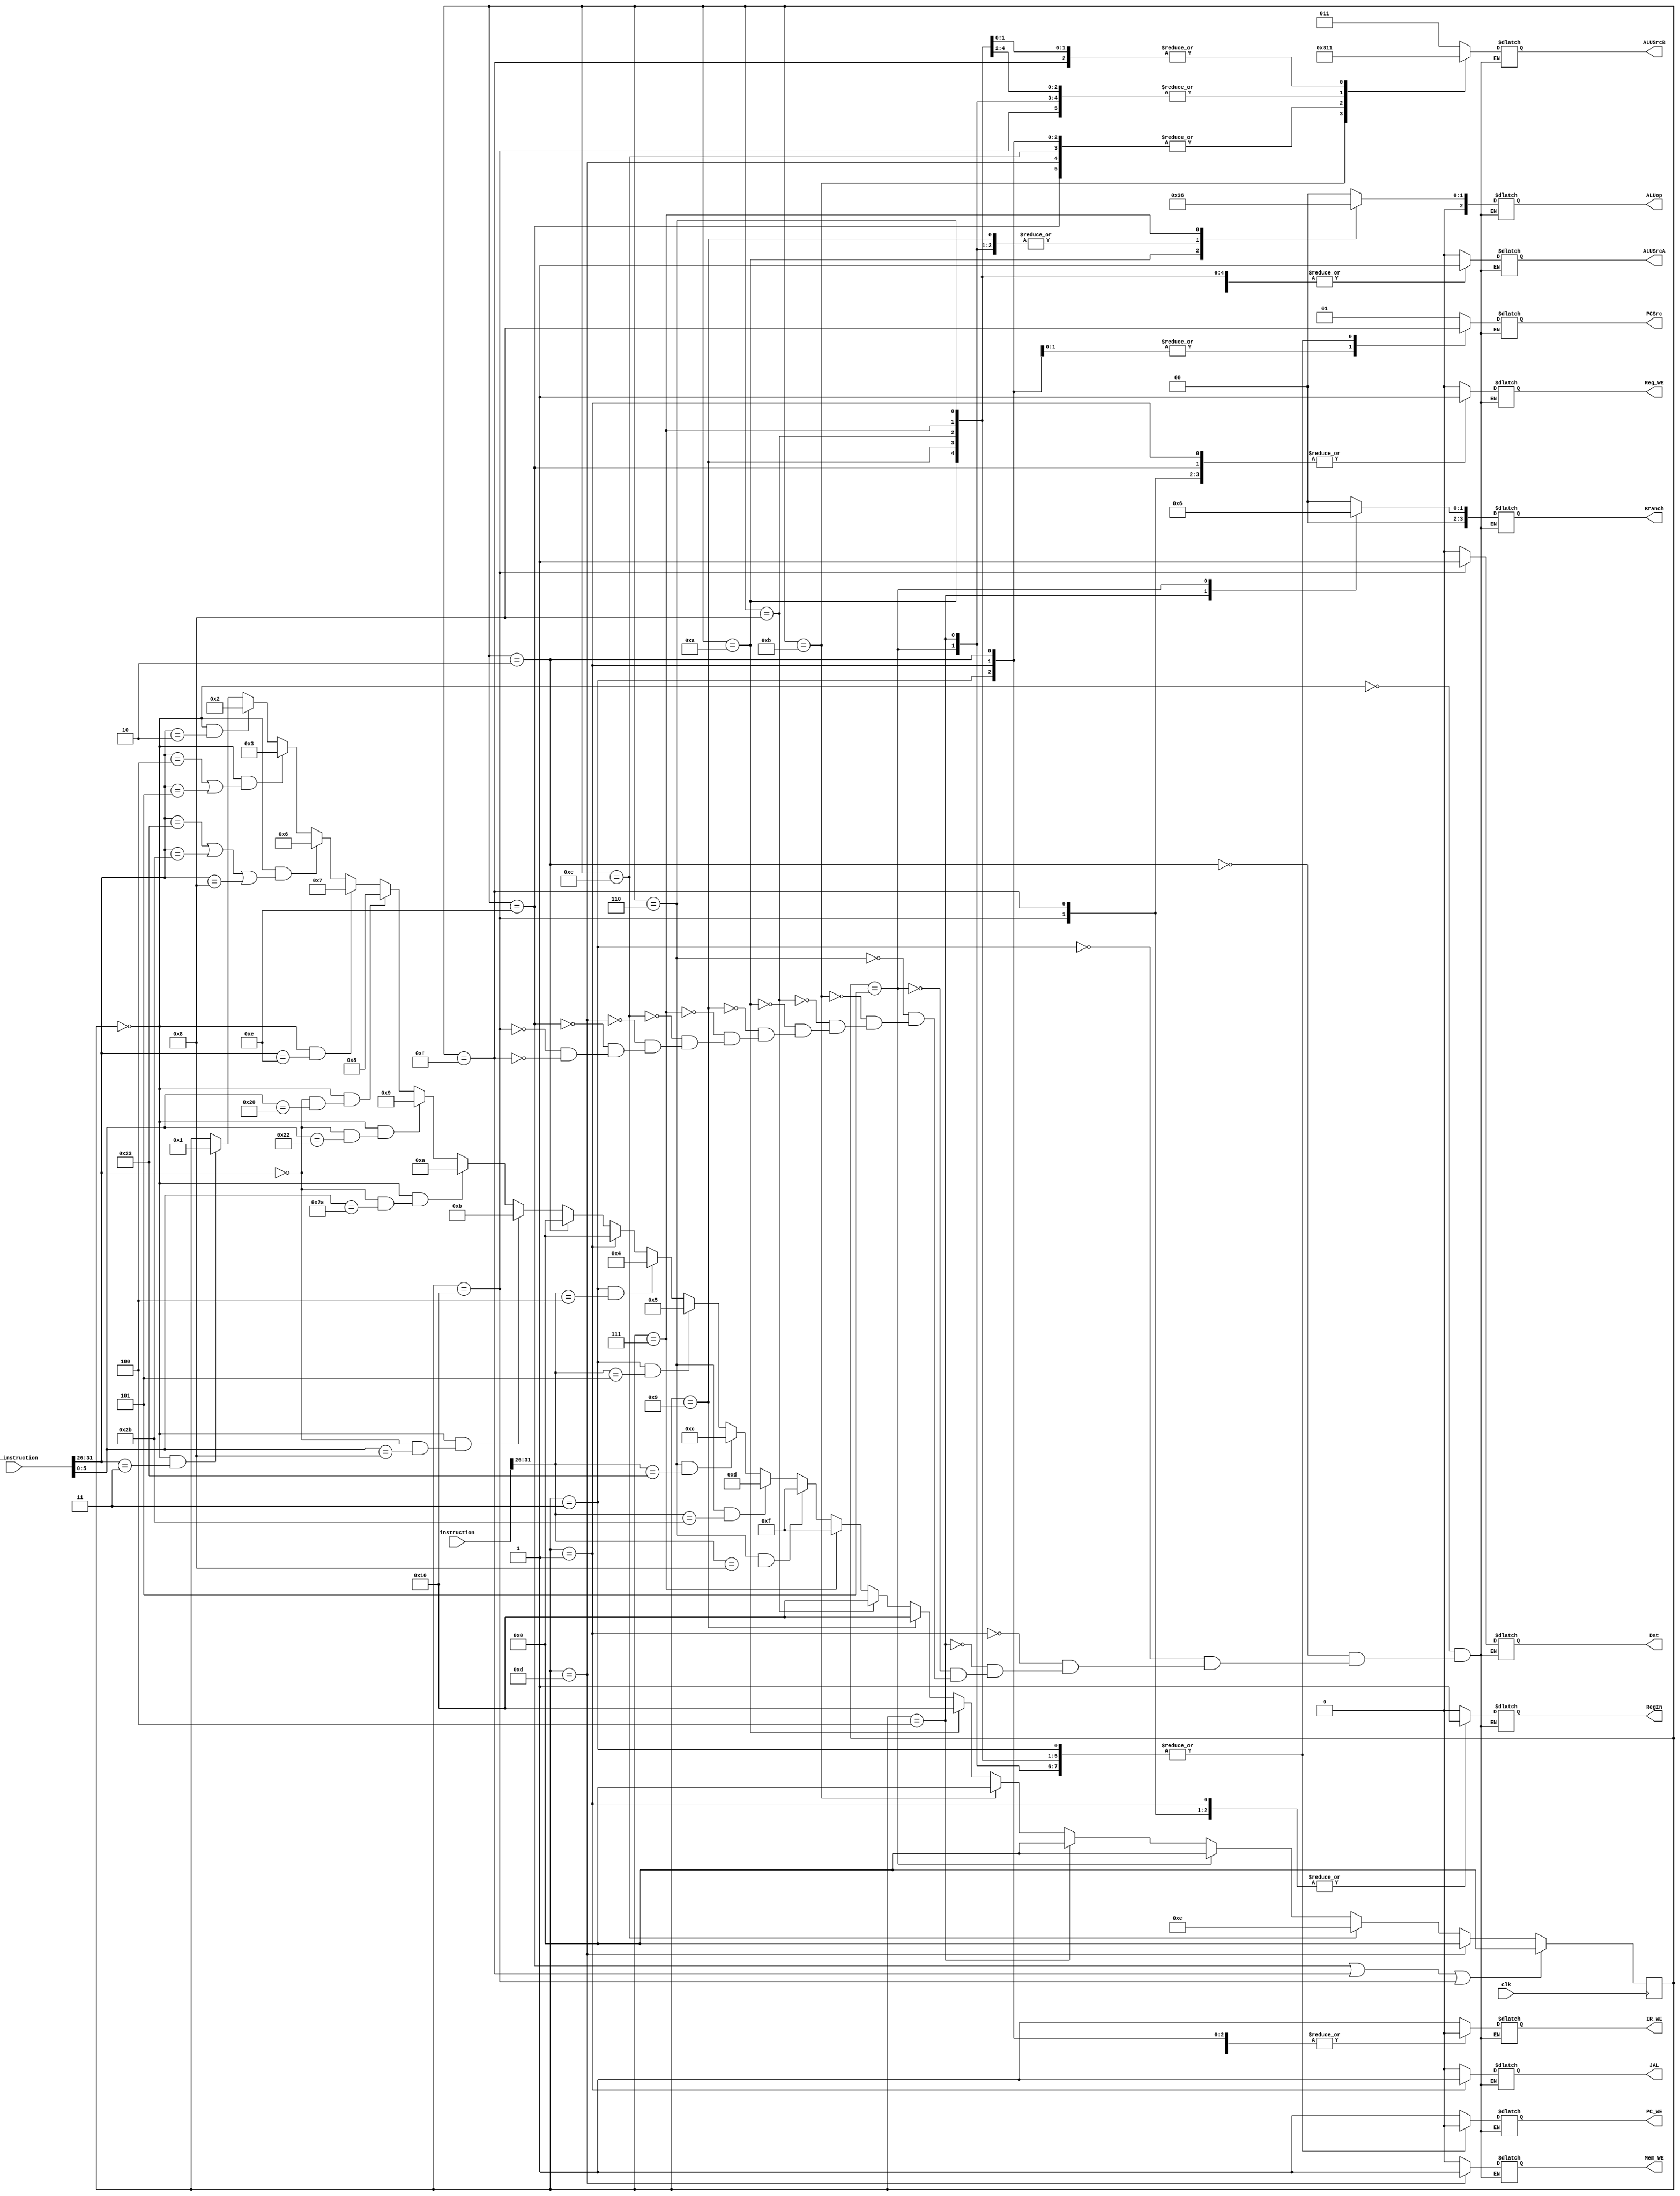
// Defines for instructions
`define LW 6'h23
`define SW 6'h2b
`define J 6'h02
`define JAL 6'h03
`define BEQ 6'h04
`define BNE 6'h05
`define XORI 6'h0E
`define ADDI 6'h08
`define RINST 6'h00
`define JR 6'h08
`define ADD 6'h20
`define SUB 6'h22
`define SLT 6'h2a

// Finite State machine to set control signals for a multicycle CPU
module FSM
(
  output reg PC_WE, // Control signal for PC register enable (muxed with zero and ~zero)
  output reg [1:0] PCSrc, // Select signal for mux into the d port of the PC register
  output reg Mem_WE, // Write enable for the data/instruction memory
  output reg IR_WE, // Enable for the instruction register
  output reg ALUSrcA, // Control signal for mux into operand A input of ALU
  output reg [2:0] ALUSrcB, // Control signal for mux into operand B input of ALU
  output reg [2:0] ALUop, // Control signal for the ALU operation
  output reg Dst, // Control signal for the mux into Aw (memory)
  output reg RegIn, // Control signal for mux into Dw port of register file
  output reg Reg_WE, // Register enable control signal
  output reg [3:0] Branch, // Control signal for mux into the PC register enable
  output reg JAL, // Control signal for mux that goes into mux controlled by Dst
  input clk, // Clock signal
  input [31:0] instruction, // Instruction leaving the instruction register
  input [31:0] raw_instruction // Instruction going into the instruction register
);

// State encoding (binary counter)
reg [4:0] state;
localparam IF_ = 0,
           ID_JAL = 1,
           ID_J = 2,
           ID_BEQ_BNE = 3,
           EX_BEQ = 4,
           EX_BNE = 5,
           EX_LW_SW_ADDI = 6,
           EX_XORI = 7,
           EX_ADD = 8,
           EX_SUB = 9,
           EX_SLT = 10,
           EX_JR = 11,
           MEM_LW = 12,
           MEM_SW = 13,
           WB_LW = 14,
           WB_ADDI_XORI = 15,
           WB_ADD_SUB_SLT = 16;

//Initialize state to IF_
initial begin
  state = IF_;
end

// Change state on the p-clk edge
always @ (posedge clk) begin
  // Transitions from IF_
  if (state == IF_ && raw_instruction[31:26] == `JAL) begin
    state <= ID_JAL;
  end
  if (state == IF_ && raw_instruction[31:26] == `J) begin
    state <= ID_J;
  end
  if (state == IF_ && (raw_instruction[31:26] == `BEQ || raw_instruction[31:26] == `BNE)) begin
    state <= ID_BEQ_BNE;
  end
  if (state == IF_ && (raw_instruction[31:26] == `LW || raw_instruction[31:26] == `SW || raw_instruction[31:26] == `ADDI)) begin
    state <= EX_LW_SW_ADDI;
  end
  if (state == IF_ && raw_instruction[31:26] == `XORI) begin
    state <= EX_XORI;
  end
  if (state == IF_ && (raw_instruction[31:26] == `RINST && raw_instruction[5:0] == `ADD)) begin
    state <= EX_ADD;
  end
  if (state == IF_ && (raw_instruction[31:26] == `RINST && raw_instruction[5:0] == `SUB)) begin
    state <= EX_SUB;
  end
  if (state == IF_ && (raw_instruction[31:26] == `RINST && raw_instruction[5:0] == `SLT)) begin
    state <= EX_SLT;
  end
  if (state == IF_ && (raw_instruction[31:26] == `RINST && raw_instruction[5:0] == `JR)) begin
    state <= EX_JR;
  end

  // Transition from ID states
  if (state == ID_J) begin
    state <= IF_;
  end
  if (state == ID_JAL) begin
    state <= IF_;
  end
  if (state == ID_BEQ_BNE && instruction[31:26] == `BEQ) begin
    state <= EX_BEQ;
  end
  if (state == ID_BEQ_BNE && instruction[31:26] == `BNE) begin
    state <= EX_BNE;
  end

  // Transition from EX states
  if (state == EX_LW_SW_ADDI && instruction[31:26] == `LW) begin
    state <= MEM_LW;
  end
  if (state == EX_LW_SW_ADDI && instruction[31:26] == `SW) begin
    state <= MEM_SW;
  end
  if (state == EX_LW_SW_ADDI && instruction[31:26] == `ADDI) begin
    state <= WB_ADDI_XORI;
  end
  if (state == EX_XORI) begin
    state <= WB_ADDI_XORI;
  end
  if (state == EX_ADD) begin
    state <= WB_ADD_SUB_SLT;
  end
  if (state == EX_SUB) begin
    state <= WB_ADD_SUB_SLT;
  end
  if (state == EX_SLT) begin
    state <= WB_ADD_SUB_SLT;
  end
  if (state == EX_JR) begin
    state <= IF_;
  end
  if (state == EX_BEQ) begin
    state <= IF_;
  end
  if (state == EX_BNE) begin
    state <= IF_;
  end
  // Transitions from MEM
  if (state == MEM_LW) begin
    state <= WB_LW;
  end
  if (state == MEM_SW) begin
    state <= IF_;
  end

  // Transition from WB
  if (state == WB_LW || state == WB_ADDI_XORI || state == WB_ADD_SUB_SLT) begin
    state <= IF_;
  end
end

// output reg logic (depends only on state - Moore machine)
always @ (state) begin
  case (state)
    IF_:  begin JAL = 0; Mem_WE = 0; ALUop = 0; ALUSrcA = 0; PC_WE = 1; RegIn = 0; Reg_WE = 0; Branch = 0; PCSrc = 1; IR_WE = 1; Dst = 0; ALUSrcB = 3; end
    ID_J:  begin JAL = 0; Mem_WE = 0; ALUop = 0; ALUSrcA = 0; PC_WE = 1; RegIn = 0; Reg_WE = 0; Branch = 0; PCSrc = 2; IR_WE = 0; Dst = 0; ALUSrcB = 0; end
    ID_BEQ_BNE:  begin JAL = 0; Mem_WE = 0; ALUop = 0; ALUSrcA = 0; PC_WE = 0; RegIn = 0; Reg_WE = 0; Branch = 0; PCSrc = 0; IR_WE = 0; Dst = 0; ALUSrcB = 0; end
    ID_JAL:  begin JAL = 1; Mem_WE = 0; ALUop = 0; ALUSrcA = 0; PC_WE = 1; RegIn = 1; Reg_WE = 1; Branch = 0; PCSrc = 2; IR_WE = 0; Dst = 0; ALUSrcB = 0; end
    EX_BEQ:  begin JAL = 0; Mem_WE = 0; ALUop = 1; ALUSrcA = 1; PC_WE = 0; RegIn = 0; Reg_WE = 0; Branch = 1; PCSrc = 0; IR_WE = 0; Dst = 0; ALUSrcB = 2; end
    EX_BNE:  begin JAL = 0; Mem_WE = 0; ALUop = 1; ALUSrcA = 1; PC_WE = 0; RegIn = 0; Reg_WE = 0; Branch = 2; PCSrc = 0; IR_WE = 0; Dst = 0; ALUSrcB = 2; end
    EX_LW_SW_ADDI:  begin JAL = 0; Mem_WE = 0; ALUop = 0; ALUSrcA = 1; PC_WE = 0; RegIn = 0; Reg_WE = 0; Branch = 0; PCSrc = 0; IR_WE = 0; Dst = 0; ALUSrcB = 1; end
    EX_JR:  begin JAL = 0; Mem_WE = 0; ALUop = 0; ALUSrcA = 1; PC_WE = 1; RegIn = 0; Reg_WE = 0; Branch = 0; PCSrc = 1; IR_WE = 0; Dst = 0; ALUSrcB = 4; end
    EX_ADD:  begin JAL = 0; Mem_WE = 0; ALUop = 0; ALUSrcA = 1; PC_WE = 0; RegIn = 0; Reg_WE = 0; Branch = 0; PCSrc = 0; IR_WE = 0; Dst = 0; ALUSrcB = 2; end
    EX_SLT:  begin JAL = 0; Mem_WE = 0; ALUop = 3; ALUSrcA = 1; PC_WE = 0; RegIn = 0; Reg_WE = 0; Branch = 0; PCSrc = 0; IR_WE = 0; Dst = 0; ALUSrcB = 2; end
    EX_SUB:  begin JAL = 0; Mem_WE = 0; ALUop = 1; ALUSrcA = 1; PC_WE = 0; RegIn = 0; Reg_WE = 0; Branch = 0; PCSrc = 0; IR_WE = 0; Dst = 0; ALUSrcB = 2; end
    EX_XORI:  begin JAL = 0; Mem_WE = 0; ALUop = 2; ALUSrcA = 1; PC_WE = 0; RegIn = 0; Reg_WE = 0; Branch = 0; PCSrc = 0; IR_WE = 0; Dst = 0; ALUSrcB = 1; end
    MEM_LW:  begin JAL = 0; Mem_WE = 0; ALUop = 0; ALUSrcA = 0; PC_WE = 0; RegIn = 0; Reg_WE = 0; Branch = 0; PCSrc = 0; IR_WE = 0; Dst = 0; ALUSrcB = 0; end
    MEM_SW:  begin JAL = 0; Mem_WE = 1; ALUop = 0; ALUSrcA = 0; PC_WE = 0; RegIn = 0; Reg_WE = 0; Branch = 0; PCSrc = 0; IR_WE = 0; Dst = 0; ALUSrcB = 0; end
    WB_LW:  begin JAL = 0; Mem_WE = 0; ALUop = 0; ALUSrcA = 0; PC_WE = 0; RegIn = 0; Reg_WE = 1; Branch = 0; PCSrc = 0; IR_WE = 0; Dst = 0; ALUSrcB = 0; end
    WB_ADD_SUB_SLT:  begin JAL = 0; Mem_WE = 0; ALUop = 0; ALUSrcA = 1; PC_WE = 0; RegIn = 1; Reg_WE = 1; Branch = 0; PCSrc = 0; IR_WE = 0; Dst = 1; ALUSrcB = 2; end
    WB_ADDI_XORI:  begin JAL = 0; Mem_WE = 0; ALUop = 0; ALUSrcA = 1; PC_WE = 0; RegIn = 1; Reg_WE = 1; Branch = 0; PCSrc = 0; IR_WE = 0; Dst = 0; ALUSrcB = 1; end
  endcase
end

endmodule // FSM